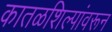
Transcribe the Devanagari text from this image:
कातळशिल्पांवरून